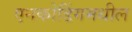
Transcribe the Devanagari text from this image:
एनकोडिंगमधील